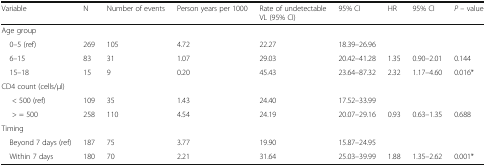
<table><thead><tr><td><b>Variable</b></td><td><b>N</b></td><td><b>Number of events</b></td><td><b>Person years per 1000</b></td><td><b>Rate of undetectable VL (95% CI)</b></td><td><b>95% CI</b></td><td><b>HR</b></td><td><b>95% CI</b></td><td><b><i>P</i> – value</b></td></tr></thead><tbody><tr><td colspan="9">Age group</td></tr><tr><td> 0–5 (ref)</td><td>269</td><td>105</td><td>4.72</td><td>22.27</td><td>18.39–26.96</td><td></td><td></td><td></td></tr><tr><td> 6–15</td><td>83</td><td>31</td><td>1.07</td><td>29.03</td><td>20.42–41.28</td><td>1.35</td><td>0.90–2.01</td><td>0.144</td></tr><tr><td> 15–18</td><td>15</td><td>9</td><td>0.20</td><td>45.43</td><td>23.64–87.32</td><td>2.32</td><td>1.17–4.60</td><td>0.016*</td></tr><tr><td colspan="9">CD4 count (cells/μl)</td></tr><tr><td>&lt; 500 (ref)</td><td>109</td><td>35</td><td>1.43</td><td>24.40</td><td>17.52–33.99</td><td></td><td></td><td></td></tr><tr><td>&gt; = 500</td><td>258</td><td>110</td><td>4.54</td><td>24.19</td><td>20.07–29.16</td><td>0.93</td><td>0.63–1.35</td><td>0.688</td></tr><tr><td colspan="9">Timing</td></tr><tr><td> Beyond 7 days (ref)</td><td>187</td><td>75</td><td>3.77</td><td>19.90</td><td>15.87–24.95</td><td></td><td></td><td></td></tr><tr><td> Within 7 days</td><td>180</td><td>70</td><td>2.21</td><td>31.64</td><td>25.03–39.99</td><td>1.88</td><td>1.35–2.62</td><td>0.001*</td></tr></tbody></table>